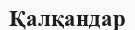
Қалқандар